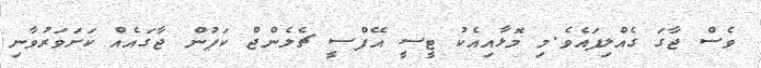
ވެސް ޖާގަ ގެއްލިފައެވެ.މި މޮޅާއިއެކު ޓީސީ އޭފްސީ ޗެލެންޖް ކަޕުން ޖާގައެއް ކަށަވަރުވާނި